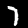
Digit: 7